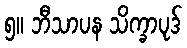
၅။ ဘီသာပန သိက္ခာပုဒ်